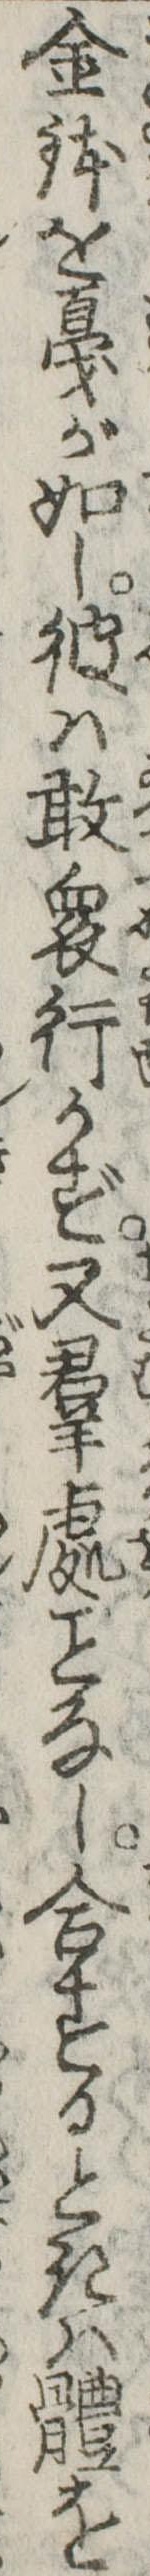
金鉢を戛が如し彼は敢衆行かず又群処なし合するときは体を